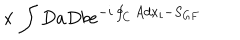
{ } ~ ~ \times \int D a D b e ^ { - i \oint _ { C } A d x _ { i } - S _ { G F } }